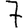
Digit: 7